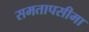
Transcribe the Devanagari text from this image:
समतापसीमा